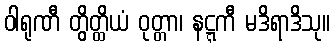
ဝါရုဏီ တွိတ္ထိယံ ဝုတ္တာ၊ နဋ္ဋကီ မဒိရာဒိသု။